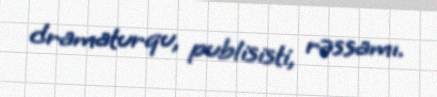
dramaturqu, publisisti, rəssamı.